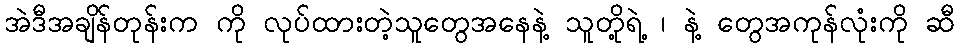
အဲဒီအချိန်တုန်းက ကို လုပ်ထားတဲ့သူတွေအနေနဲ့ သူတို့ရဲ့ ၊ နဲ့ တွေအကုန်လုံးကို ဆီ